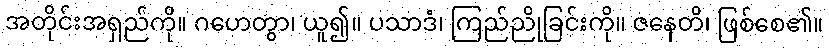
အတိုင်းအရှည်ကို။ ဂဟေတွာ၊ ယူ၍။ ပသာဒံ၊ ကြည်ညိုခြင်းကို။ ဇနေတိ၊ ဖြစ်စေ၏။